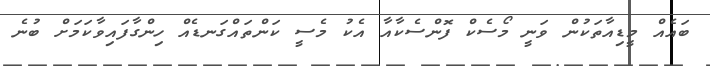
ބައެއް މީޑިއާތަކުން ވަނީ މޯސެކް ފޮންސެކާއާ އެކު މެސީ ކަންތައްގަނޑެއް ހިންގާފައިވާކަމަށް ބުނެ